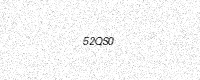
Text: 52QS0